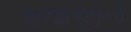
રાજાજીનો